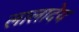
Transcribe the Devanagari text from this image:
लालादेय